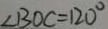
\angle B O C = 1 2 0 ^ { \circ }